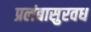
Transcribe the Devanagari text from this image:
प्रलंबासुरवध